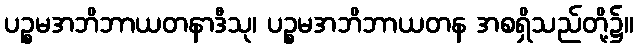
ပဉ္စမအဘိဘာယတနာဒီသု၊ ပဉ္စမအဘိဘာယတန အစရှိသည်တို့၌။